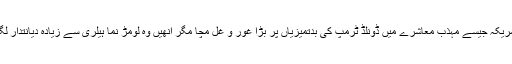
امریکہ جیسے مہذب معاشرے میں ڈونلڈ ٹرمپ کی بدتمیزیاں پر بڑا غور و غل مچا مگر انھیں وہ لومڑ نما ہیلری سے زیادہ دیانتدار لگا۔